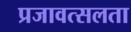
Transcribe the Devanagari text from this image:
प्रजावत्सलता